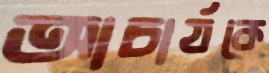
আচার্যকে